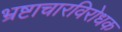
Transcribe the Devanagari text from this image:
भ्रष्टाचारविरोधक